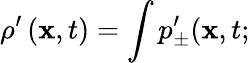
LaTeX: \rho^{\prime}\left({\mathbf x},t\right)=\int p_{\pm}^{\prime}({\mathbf x},t;